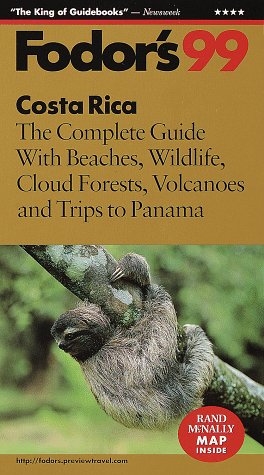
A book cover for Costa Rica '99: The Complete Guide With Beaches, Wildlife, Cloud Forests, Volcanoes and Trips to  Panama (Fodor's Gold Guides); Fodor's; Travel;